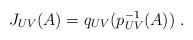
LaTeX: \begin{align*}J_{UV}(A)=q_{UV}(p_{UV}^{-1}(A))\ .\end{align*}